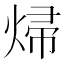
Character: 㷌